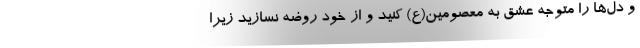
و دل‌ها را متوجه عشق به معصومین(ع) کنید و از خود روضه نسازید زیرا